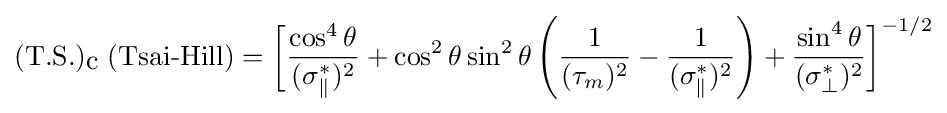
({\mbox{T.S.}})_{\mbox{c}}\;({\mbox{Tsai-Hill}})={\bigg [}{\frac {\cos ^{4}\theta }{({\sigma _{\parallel }^{*}})^{2}}}+\cos ^{2}\theta \sin ^{2}\theta \left({\frac {1}{({\tau _{m}})^{2}}}-{\frac {1}{({\sigma _{\parallel }^{*}})^{2}}}\right)+{\frac {\sin ^{4}\theta }{({\sigma _{\perp }^{*}})^{2}}}{\bigg ]}^{-1/2}